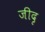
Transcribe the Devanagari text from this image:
जीदृ